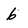
Character: 6